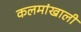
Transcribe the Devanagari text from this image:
कलमांखाली